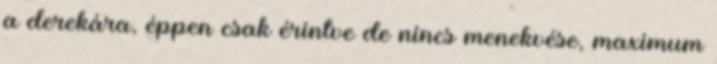
a derekára, éppen csak érintve de nincs menekvése, maximum